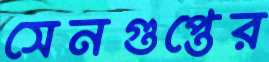
সেনগুপ্তের